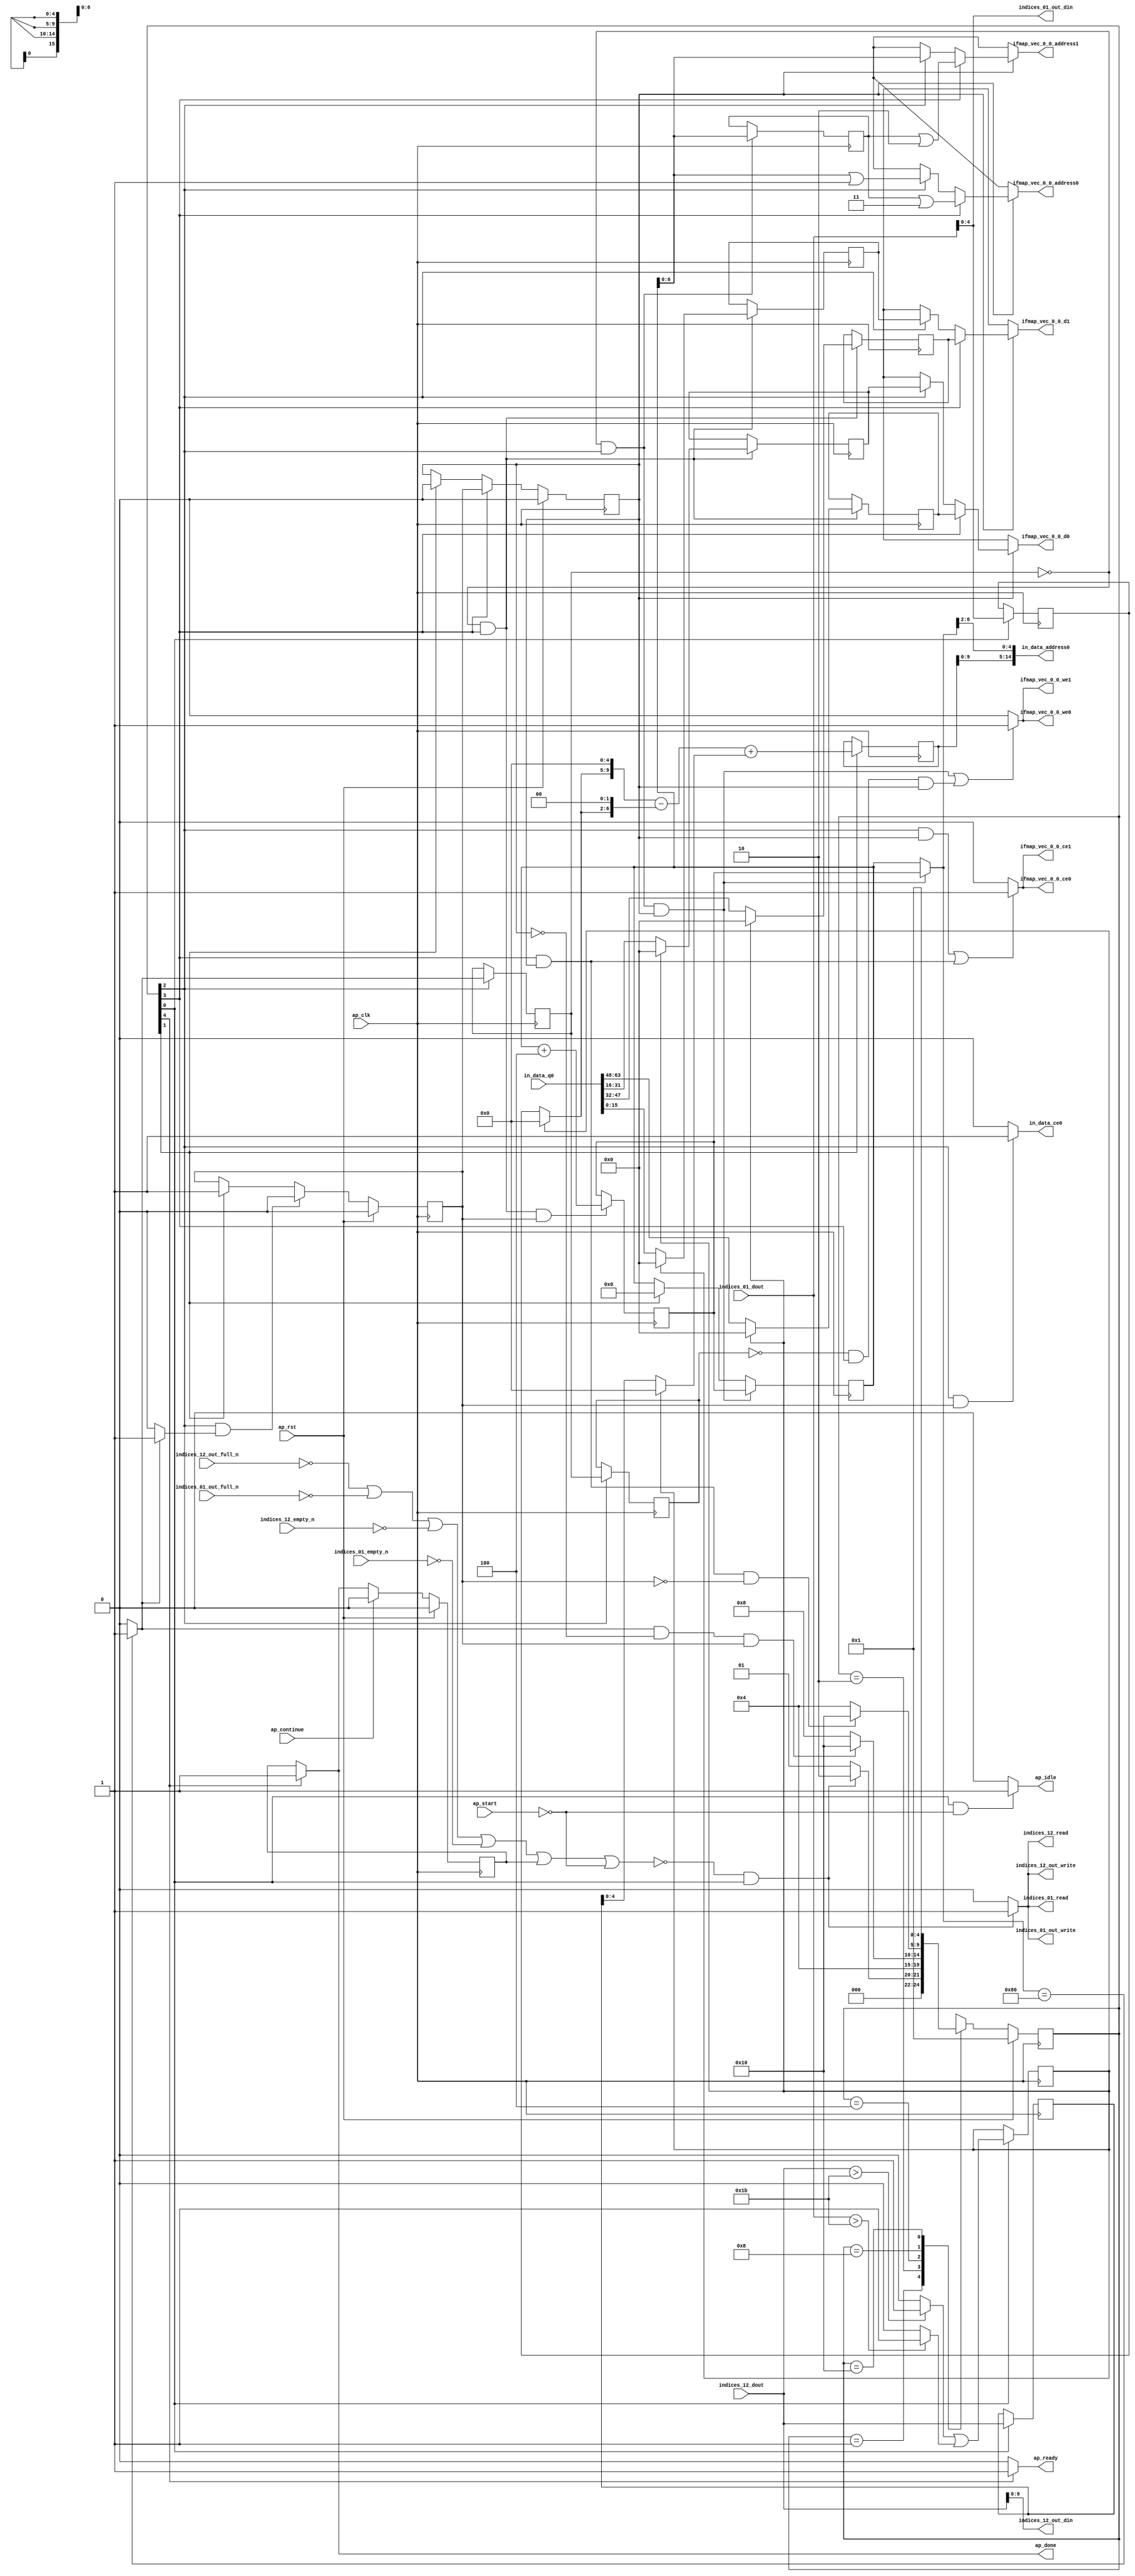
`define EXPONENT 5
`define MANTISSA 10
`define ACTUAL_MANTISSA 11
`define EXPONENT_LSB 10
`define EXPONENT_MSB 14
`define MANTISSA_LSB 0
`define MANTISSA_MSB 9
`define MANTISSA_MUL_SPLIT_LSB 3
`define MANTISSA_MUL_SPLIT_MSB 9
`define SIGN 1
`define SIGN_LOC 15
`define DWIDTH (`SIGN+`EXPONENT+`MANTISSA)
`define IEEE_COMPLIANCE 1

module td_fused_top_tdf6_readInputs (
        ap_clk,
        ap_rst,
        ap_start,
        ap_done,
        ap_continue,
        ap_idle,
        ap_ready,
        in_data_address0,
        in_data_ce0,
        in_data_q0,
        indices_01_dout,
        indices_01_empty_n,
        indices_01_read,
        indices_12_dout,
        indices_12_empty_n,
        indices_12_read,
        ifmap_vec_0_0_address0,
        ifmap_vec_0_0_ce0,
        ifmap_vec_0_0_we0,
        ifmap_vec_0_0_d0,
        ifmap_vec_0_0_address1,
        ifmap_vec_0_0_ce1,
        ifmap_vec_0_0_we1,
        ifmap_vec_0_0_d1,
        indices_01_out_din,
        indices_01_out_full_n,
        indices_01_out_write,
        indices_12_out_din,
        indices_12_out_full_n,
        indices_12_out_write
);

parameter    ap_ST_fsm_state1 = 5'd1;
parameter    ap_ST_fsm_state2 = 5'd2;
parameter    ap_ST_fsm_pp0_stage0 = 5'd4;
parameter    ap_ST_fsm_pp0_stage1 = 5'd8;
parameter    ap_ST_fsm_state7 = 5'd16;

input   ap_clk;
input   ap_rst;
input   ap_start;
output   ap_done;
input   ap_continue;
output   ap_idle;
output   ap_ready;
output  [14:0] in_data_address0;
output   in_data_ce0;
input  [63:0] in_data_q0;
input  [15:0] indices_01_dout;
input   indices_01_empty_n;
output   indices_01_read;
input  [15:0] indices_12_dout;
input   indices_12_empty_n;
output   indices_12_read;
output  [6:0] ifmap_vec_0_0_address0;
output   ifmap_vec_0_0_ce0;
output   ifmap_vec_0_0_we0;
output  [15:0] ifmap_vec_0_0_d0;
output  [6:0] ifmap_vec_0_0_address1;
output   ifmap_vec_0_0_ce1;
output   ifmap_vec_0_0_we1;
output  [15:0] ifmap_vec_0_0_d1;
output  [4:0] indices_01_out_din;
input   indices_01_out_full_n;
output   indices_01_out_write;
output  [9:0] indices_12_out_din;
input   indices_12_out_full_n;
output   indices_12_out_write;

reg ap_done;
reg ap_idle;
reg ap_ready;
reg in_data_ce0;
reg indices_01_read;
reg indices_12_read;
reg[6:0] ifmap_vec_0_0_address0;
reg ifmap_vec_0_0_ce0;
reg ifmap_vec_0_0_we0;
reg[15:0] ifmap_vec_0_0_d0;
reg[6:0] ifmap_vec_0_0_address1;
reg ifmap_vec_0_0_ce1;
reg ifmap_vec_0_0_we1;
reg[15:0] ifmap_vec_0_0_d1;
reg indices_01_out_write;
reg indices_12_out_write;

reg    ap_done_reg;
  reg   [4:0] ap_CS_fsm;
wire    ap_CS_fsm_state1;
reg    indices_01_blk_n;
reg    indices_12_blk_n;
reg    indices_01_out_blk_n;
reg    indices_12_out_blk_n;
reg   [7:0] kk_0_i_i_reg_180;
wire   [4:0] trunc_ln135_fu_192_p1;
reg   [4:0] trunc_ln135_reg_432;
reg   [15:0] col_coord_reg_437;
wire   [0:0] is_padding_fu_214_p2;
reg   [0:0] is_padding_reg_442;
wire   [11:0] add_ln32_fu_274_p2;
reg   [11:0] add_ln32_reg_452;
wire    ap_CS_fsm_state2;
wire   [0:0] icmp_ln25_fu_280_p2;
reg   [0:0] icmp_ln25_reg_457;
wire    ap_CS_fsm_pp0_stage0;
wire    ap_block_state3_pp0_stage0_iter0;
wire    ap_block_state5_pp0_stage0_iter1;
wire    ap_block_pp0_stage0_11001;
reg   [0:0] icmp_ln25_reg_457_pp0_iter1_reg;
wire   [7:0] add_ln25_fu_308_p2;
reg   [7:0] add_ln25_reg_466;
wire    ap_CS_fsm_pp0_stage1;
reg    ap_enable_reg_pp0_iter0;
wire    ap_block_state4_pp0_stage1_iter0;
wire    ap_block_state6_pp0_stage1_iter1;
wire    ap_block_pp0_stage1_11001;
wire   [15:0] select_ln33_fu_322_p3;
reg   [15:0] select_ln33_reg_471;
wire   [15:0] select_ln33_8_fu_343_p3;
reg   [15:0] select_ln33_8_reg_476;
wire   [15:0] select_ln33_9_fu_364_p3;
reg   [15:0] select_ln33_9_reg_481;
wire   [15:0] select_ln33_10_fu_385_p3;
reg   [15:0] select_ln33_10_reg_486;
wire   [6:0] empty_93_fu_392_p1;
reg   [6:0] empty_93_reg_491;
wire    ap_block_pp0_stage0_subdone;
reg    ap_condition_pp0_exit_iter0_state3;
reg    ap_enable_reg_pp0_iter1;
wire    ap_block_pp0_stage1_subdone;
reg   [7:0] ap_phi_mux_kk_0_i_i_phi_fu_184_p4;
wire    ap_block_pp0_stage0;
wire   [63:0] sext_ln32_fu_303_p1;
wire   [63:0] zext_ln32_fu_396_p1;
wire   [63:0] zext_ln32_8_fu_407_p1;
wire   [63:0] zext_ln32_9_fu_417_p1;
wire    ap_block_pp0_stage1;
wire   [63:0] zext_ln32_10_fu_427_p1;
reg    ap_block_state1;
wire   [0:0] cmp7_i_i_fu_202_p2;
wire   [0:0] icmp_ln24_fu_208_p2;
wire   [4:0] empty_91_fu_220_p1;
wire   [4:0] row_coord_int_fu_223_p3;
wire   [9:0] tmp_fu_236_p3;
wire   [6:0] tmp_s_fu_248_p3;
wire   [10:0] zext_ln32_19_fu_244_p1;
wire   [10:0] zext_ln32_20_fu_256_p1;
wire   [10:0] sub_ln32_fu_260_p2;
wire   [4:0] col_coord_int_fu_229_p3;
wire   [11:0] sub_ln32_cast_fu_266_p1;
wire   [11:0] zext_ln32_21_fu_270_p1;
wire   [4:0] lshr_ln_fu_286_p4;
wire   [16:0] tmp_31_fu_296_p3;
wire   [15:0] trunc_ln32_fu_314_p1;
wire   [15:0] bitcast_ln32_fu_318_p1;
wire   [15:0] tmp_114_i_i_fu_329_p4;
wire   [15:0] bitcast_ln32_4_fu_339_p1;
wire   [15:0] tmp_115_i_i_fu_350_p4;
wire   [15:0] bitcast_ln32_5_fu_360_p1;
wire   [15:0] tmp_116_i_i_fu_371_p4;
wire   [15:0] bitcast_ln32_6_fu_381_p1;
wire   [6:0] or_ln25_fu_401_p2;
wire   [6:0] or_ln25_3_fu_412_p2;
wire   [6:0] or_ln25_4_fu_422_p2;
wire    ap_CS_fsm_state7;
reg   [4:0] ap_NS_fsm;
reg    ap_idle_pp0;
wire    ap_enable_pp0;
wire    ap_ce_reg;

// power-on initialization
initial begin
#0 ap_done_reg = 1'b0;
#0 ap_CS_fsm = 5'd1;
#0 ap_enable_reg_pp0_iter0 = 1'b0;
#0 ap_enable_reg_pp0_iter1 = 1'b0;
end

always @ (posedge ap_clk) begin
    if (ap_rst == 1'b1) begin
        ap_CS_fsm <= ap_ST_fsm_state1;
    end else begin
        ap_CS_fsm <= ap_NS_fsm;
    end
end

always @ (posedge ap_clk) begin
    if (ap_rst == 1'b1) begin
        ap_done_reg <= 1'b0;
    end else begin
        if ((ap_continue == 1'b1)) begin
            ap_done_reg <= 1'b0;
        end else if ((1'b1 == ap_CS_fsm_state7)) begin
            ap_done_reg <= 1'b1;
        end
    end
end

always @ (posedge ap_clk) begin
    if (ap_rst == 1'b1) begin
        ap_enable_reg_pp0_iter0 <= 1'b0;
    end else begin
        if (((1'b0 == ap_block_pp0_stage0_subdone) & (1'b1 == ap_CS_fsm_pp0_stage0) & (1'b1 == ap_condition_pp0_exit_iter0_state3))) begin
            ap_enable_reg_pp0_iter0 <= 1'b0;
        end else if ((1'b1 == ap_CS_fsm_state2)) begin
            ap_enable_reg_pp0_iter0 <= 1'b1;
        end
    end
end

always @ (posedge ap_clk) begin
    if (ap_rst == 1'b1) begin
        ap_enable_reg_pp0_iter1 <= 1'b0;
    end else begin
        if (((1'b0 == ap_block_pp0_stage1_subdone) & (1'b1 == ap_CS_fsm_pp0_stage1))) begin
            ap_enable_reg_pp0_iter1 <= ap_enable_reg_pp0_iter0;
        end else if ((1'b1 == ap_CS_fsm_state2)) begin
            ap_enable_reg_pp0_iter1 <= 1'b0;
        end
    end
end

always @ (posedge ap_clk) begin
    if (((1'b0 == ap_block_pp0_stage0_11001) & (icmp_ln25_reg_457 == 1'd0) & (1'b1 == ap_CS_fsm_pp0_stage0) & (ap_enable_reg_pp0_iter1 == 1'b1))) begin
        kk_0_i_i_reg_180 <= add_ln25_reg_466;
    end else if ((1'b1 == ap_CS_fsm_state2)) begin
        kk_0_i_i_reg_180 <= 8'd0;
    end
end

always @ (posedge ap_clk) begin
    if (((1'b0 == ap_block_pp0_stage1_11001) & (icmp_ln25_reg_457 == 1'd0) & (1'b1 == ap_CS_fsm_pp0_stage1) & (ap_enable_reg_pp0_iter0 == 1'b1))) begin
        add_ln25_reg_466 <= add_ln25_fu_308_p2;
    end
end

always @ (posedge ap_clk) begin
    if ((1'b1 == ap_CS_fsm_state2)) begin
        add_ln32_reg_452 <= add_ln32_fu_274_p2;
    end
end

always @ (posedge ap_clk) begin
    if ((1'b1 == ap_CS_fsm_state1)) begin
        col_coord_reg_437 <= indices_12_dout;
        is_padding_reg_442 <= is_padding_fu_214_p2;
        trunc_ln135_reg_432 <= trunc_ln135_fu_192_p1;
    end
end

always @ (posedge ap_clk) begin
    if (((1'b0 == ap_block_pp0_stage0_11001) & (icmp_ln25_reg_457 == 1'd0) & (1'b1 == ap_CS_fsm_pp0_stage0))) begin
        empty_93_reg_491 <= empty_93_fu_392_p1;
    end
end

always @ (posedge ap_clk) begin
    if (((1'b0 == ap_block_pp0_stage0_11001) & (1'b1 == ap_CS_fsm_pp0_stage0))) begin
        icmp_ln25_reg_457 <= icmp_ln25_fu_280_p2;
        icmp_ln25_reg_457_pp0_iter1_reg <= icmp_ln25_reg_457;
    end
end

always @ (posedge ap_clk) begin
    if (((1'b0 == ap_block_pp0_stage1_11001) & (icmp_ln25_reg_457 == 1'd0) & (1'b1 == ap_CS_fsm_pp0_stage1))) begin
        select_ln33_10_reg_486 <= select_ln33_10_fu_385_p3;
        select_ln33_8_reg_476 <= select_ln33_8_fu_343_p3;
        select_ln33_9_reg_481 <= select_ln33_9_fu_364_p3;
        select_ln33_reg_471 <= select_ln33_fu_322_p3;
    end
end

always @ (*) begin
    if ((icmp_ln25_fu_280_p2 == 1'd1)) begin
        ap_condition_pp0_exit_iter0_state3 = 1'b1;
    end else begin
        ap_condition_pp0_exit_iter0_state3 = 1'b0;
    end
end

always @ (*) begin
    if ((1'b1 == ap_CS_fsm_state7)) begin
        ap_done = 1'b1;
    end else begin
        ap_done = ap_done_reg;
    end
end

always @ (*) begin
    if (((1'b1 == ap_CS_fsm_state1) & (ap_start == 1'b0))) begin
        ap_idle = 1'b1;
    end else begin
        ap_idle = 1'b0;
    end
end

always @ (*) begin
    if (((ap_enable_reg_pp0_iter1 == 1'b0) & (ap_enable_reg_pp0_iter0 == 1'b0))) begin
        ap_idle_pp0 = 1'b1;
    end else begin
        ap_idle_pp0 = 1'b0;
    end
end

always @ (*) begin
    if (((1'b0 == ap_block_pp0_stage0) & (icmp_ln25_reg_457 == 1'd0) & (1'b1 == ap_CS_fsm_pp0_stage0) & (ap_enable_reg_pp0_iter1 == 1'b1))) begin
        ap_phi_mux_kk_0_i_i_phi_fu_184_p4 = add_ln25_reg_466;
    end else begin
        ap_phi_mux_kk_0_i_i_phi_fu_184_p4 = kk_0_i_i_reg_180;
    end
end

always @ (*) begin
    if ((1'b1 == ap_CS_fsm_state7)) begin
        ap_ready = 1'b1;
    end else begin
        ap_ready = 1'b0;
    end
end

always @ (*) begin
    if ((ap_enable_reg_pp0_iter1 == 1'b1)) begin
        if (((1'b0 == ap_block_pp0_stage1) & (1'b1 == ap_CS_fsm_pp0_stage1))) begin
            ifmap_vec_0_0_address0 = zext_ln32_10_fu_427_p1;
        end else if (((1'b0 == ap_block_pp0_stage0) & (1'b1 == ap_CS_fsm_pp0_stage0))) begin
            ifmap_vec_0_0_address0 = zext_ln32_8_fu_407_p1;
        end else begin
            ifmap_vec_0_0_address0 = 'bx;
        end
    end else begin
        ifmap_vec_0_0_address0 = 'bx;
    end
end

always @ (*) begin
    if ((ap_enable_reg_pp0_iter1 == 1'b1)) begin
        if (((1'b0 == ap_block_pp0_stage1) & (1'b1 == ap_CS_fsm_pp0_stage1))) begin
            ifmap_vec_0_0_address1 = zext_ln32_9_fu_417_p1;
        end else if (((1'b0 == ap_block_pp0_stage0) & (1'b1 == ap_CS_fsm_pp0_stage0))) begin
            ifmap_vec_0_0_address1 = zext_ln32_fu_396_p1;
        end else begin
            ifmap_vec_0_0_address1 = 'bx;
        end
    end else begin
        ifmap_vec_0_0_address1 = 'bx;
    end
end

always @ (*) begin
    if ((((1'b0 == ap_block_pp0_stage0_11001) & (1'b1 == ap_CS_fsm_pp0_stage0) & (ap_enable_reg_pp0_iter1 == 1'b1)) | ((1'b0 == ap_block_pp0_stage1_11001) & (1'b1 == ap_CS_fsm_pp0_stage1) & (ap_enable_reg_pp0_iter1 == 1'b1)))) begin
        ifmap_vec_0_0_ce0 = 1'b1;
    end else begin
        ifmap_vec_0_0_ce0 = 1'b0;
    end
end

always @ (*) begin
    if ((((1'b0 == ap_block_pp0_stage0_11001) & (1'b1 == ap_CS_fsm_pp0_stage0) & (ap_enable_reg_pp0_iter1 == 1'b1)) | ((1'b0 == ap_block_pp0_stage1_11001) & (1'b1 == ap_CS_fsm_pp0_stage1) & (ap_enable_reg_pp0_iter1 == 1'b1)))) begin
        ifmap_vec_0_0_ce1 = 1'b1;
    end else begin
        ifmap_vec_0_0_ce1 = 1'b0;
    end
end

always @ (*) begin
    if ((ap_enable_reg_pp0_iter1 == 1'b1)) begin
        if (((1'b0 == ap_block_pp0_stage1) & (1'b1 == ap_CS_fsm_pp0_stage1))) begin
            ifmap_vec_0_0_d0 = select_ln33_10_reg_486;
        end else if (((1'b0 == ap_block_pp0_stage0) & (1'b1 == ap_CS_fsm_pp0_stage0))) begin
            ifmap_vec_0_0_d0 = select_ln33_8_reg_476;
        end else begin
            ifmap_vec_0_0_d0 = 'bx;
        end
    end else begin
        ifmap_vec_0_0_d0 = 'bx;
    end
end

always @ (*) begin
    if ((ap_enable_reg_pp0_iter1 == 1'b1)) begin
        if (((1'b0 == ap_block_pp0_stage1) & (1'b1 == ap_CS_fsm_pp0_stage1))) begin
            ifmap_vec_0_0_d1 = select_ln33_9_reg_481;
        end else if (((1'b0 == ap_block_pp0_stage0) & (1'b1 == ap_CS_fsm_pp0_stage0))) begin
            ifmap_vec_0_0_d1 = select_ln33_reg_471;
        end else begin
            ifmap_vec_0_0_d1 = 'bx;
        end
    end else begin
        ifmap_vec_0_0_d1 = 'bx;
    end
end

always @ (*) begin
    if ((((1'b0 == ap_block_pp0_stage0_11001) & (icmp_ln25_reg_457 == 1'd0) & (1'b1 == ap_CS_fsm_pp0_stage0) & (ap_enable_reg_pp0_iter1 == 1'b1)) | ((icmp_ln25_reg_457_pp0_iter1_reg == 1'd0) & (1'b0 == ap_block_pp0_stage1_11001) & (1'b1 == ap_CS_fsm_pp0_stage1) & (ap_enable_reg_pp0_iter1 == 1'b1)))) begin
        ifmap_vec_0_0_we0 = 1'b1;
    end else begin
        ifmap_vec_0_0_we0 = 1'b0;
    end
end

always @ (*) begin
    if ((((1'b0 == ap_block_pp0_stage0_11001) & (icmp_ln25_reg_457 == 1'd0) & (1'b1 == ap_CS_fsm_pp0_stage0) & (ap_enable_reg_pp0_iter1 == 1'b1)) | ((icmp_ln25_reg_457_pp0_iter1_reg == 1'd0) & (1'b0 == ap_block_pp0_stage1_11001) & (1'b1 == ap_CS_fsm_pp0_stage1) & (ap_enable_reg_pp0_iter1 == 1'b1)))) begin
        ifmap_vec_0_0_we1 = 1'b1;
    end else begin
        ifmap_vec_0_0_we1 = 1'b0;
    end
end

always @ (*) begin
    if (((1'b0 == ap_block_pp0_stage0_11001) & (1'b1 == ap_CS_fsm_pp0_stage0) & (ap_enable_reg_pp0_iter0 == 1'b1))) begin
        in_data_ce0 = 1'b1;
    end else begin
        in_data_ce0 = 1'b0;
    end
end

always @ (*) begin
    if ((~((ap_done_reg == 1'b1) | (ap_start == 1'b0)) & (1'b1 == ap_CS_fsm_state1))) begin
        indices_01_blk_n = indices_01_empty_n;
    end else begin
        indices_01_blk_n = 1'b1;
    end
end

always @ (*) begin
    if ((~((ap_done_reg == 1'b1) | (ap_start == 1'b0)) & (1'b1 == ap_CS_fsm_state1))) begin
        indices_01_out_blk_n = indices_01_out_full_n;
    end else begin
        indices_01_out_blk_n = 1'b1;
    end
end

always @ (*) begin
    if ((~((indices_12_out_full_n == 1'b0) | (indices_01_out_full_n == 1'b0) | (indices_12_empty_n == 1'b0) | (indices_01_empty_n == 1'b0) | (ap_done_reg == 1'b1) | (ap_start == 1'b0)) & (1'b1 == ap_CS_fsm_state1))) begin
        indices_01_out_write = 1'b1;
    end else begin
        indices_01_out_write = 1'b0;
    end
end

always @ (*) begin
    if ((~((indices_12_out_full_n == 1'b0) | (indices_01_out_full_n == 1'b0) | (indices_12_empty_n == 1'b0) | (indices_01_empty_n == 1'b0) | (ap_done_reg == 1'b1) | (ap_start == 1'b0)) & (1'b1 == ap_CS_fsm_state1))) begin
        indices_01_read = 1'b1;
    end else begin
        indices_01_read = 1'b0;
    end
end

always @ (*) begin
    if ((~((ap_done_reg == 1'b1) | (ap_start == 1'b0)) & (1'b1 == ap_CS_fsm_state1))) begin
        indices_12_blk_n = indices_12_empty_n;
    end else begin
        indices_12_blk_n = 1'b1;
    end
end

always @ (*) begin
    if ((~((ap_done_reg == 1'b1) | (ap_start == 1'b0)) & (1'b1 == ap_CS_fsm_state1))) begin
        indices_12_out_blk_n = indices_12_out_full_n;
    end else begin
        indices_12_out_blk_n = 1'b1;
    end
end

always @ (*) begin
    if ((~((indices_12_out_full_n == 1'b0) | (indices_01_out_full_n == 1'b0) | (indices_12_empty_n == 1'b0) | (indices_01_empty_n == 1'b0) | (ap_done_reg == 1'b1) | (ap_start == 1'b0)) & (1'b1 == ap_CS_fsm_state1))) begin
        indices_12_out_write = 1'b1;
    end else begin
        indices_12_out_write = 1'b0;
    end
end

always @ (*) begin
    if ((~((indices_12_out_full_n == 1'b0) | (indices_01_out_full_n == 1'b0) | (indices_12_empty_n == 1'b0) | (indices_01_empty_n == 1'b0) | (ap_done_reg == 1'b1) | (ap_start == 1'b0)) & (1'b1 == ap_CS_fsm_state1))) begin
        indices_12_read = 1'b1;
    end else begin
        indices_12_read = 1'b0;
    end
end

always @ (*) begin
    case (ap_CS_fsm)
        ap_ST_fsm_state1 : begin
            if ((~((indices_12_out_full_n == 1'b0) | (indices_01_out_full_n == 1'b0) | (indices_12_empty_n == 1'b0) | (indices_01_empty_n == 1'b0) | (ap_done_reg == 1'b1) | (ap_start == 1'b0)) & (1'b1 == ap_CS_fsm_state1))) begin
                ap_NS_fsm = ap_ST_fsm_state2;
            end else begin
                ap_NS_fsm = ap_ST_fsm_state1;
            end
        end
        ap_ST_fsm_state2 : begin
            ap_NS_fsm = ap_ST_fsm_pp0_stage0;
        end
        ap_ST_fsm_pp0_stage0 : begin
            if ((~((1'b0 == ap_block_pp0_stage0_subdone) & (icmp_ln25_fu_280_p2 == 1'd1) & (ap_enable_reg_pp0_iter1 == 1'b0) & (ap_enable_reg_pp0_iter0 == 1'b1)) & (1'b0 == ap_block_pp0_stage0_subdone))) begin
                ap_NS_fsm = ap_ST_fsm_pp0_stage1;
            end else if (((1'b0 == ap_block_pp0_stage0_subdone) & (icmp_ln25_fu_280_p2 == 1'd1) & (ap_enable_reg_pp0_iter1 == 1'b0) & (ap_enable_reg_pp0_iter0 == 1'b1))) begin
                ap_NS_fsm = ap_ST_fsm_state7;
            end else begin
                ap_NS_fsm = ap_ST_fsm_pp0_stage0;
            end
        end
        ap_ST_fsm_pp0_stage1 : begin
            if ((~((1'b0 == ap_block_pp0_stage1_subdone) & (1'b1 == ap_CS_fsm_pp0_stage1) & (ap_enable_reg_pp0_iter1 == 1'b1) & (ap_enable_reg_pp0_iter0 == 1'b0)) & (1'b0 == ap_block_pp0_stage1_subdone))) begin
                ap_NS_fsm = ap_ST_fsm_pp0_stage0;
            end else if (((1'b0 == ap_block_pp0_stage1_subdone) & (1'b1 == ap_CS_fsm_pp0_stage1) & (ap_enable_reg_pp0_iter1 == 1'b1) & (ap_enable_reg_pp0_iter0 == 1'b0))) begin
                ap_NS_fsm = ap_ST_fsm_state7;
            end else begin
                ap_NS_fsm = ap_ST_fsm_pp0_stage1;
            end
        end
        ap_ST_fsm_state7 : begin
            ap_NS_fsm = ap_ST_fsm_state1;
        end
        default : begin
            ap_NS_fsm = 'bx;
        end
    endcase
end

assign add_ln25_fu_308_p2 = (kk_0_i_i_reg_180 + 8'd4);

assign add_ln32_fu_274_p2 = ((sub_ln32_cast_fu_266_p1) + (zext_ln32_21_fu_270_p1));

assign ap_CS_fsm_pp0_stage0 = ap_CS_fsm[32'd2];

assign ap_CS_fsm_pp0_stage1 = ap_CS_fsm[32'd3];

assign ap_CS_fsm_state1 = ap_CS_fsm[32'd0];

assign ap_CS_fsm_state2 = ap_CS_fsm[32'd1];

assign ap_CS_fsm_state7 = ap_CS_fsm[32'd4];

assign ap_block_pp0_stage0 = ~(1'b1 == 1'b1);

assign ap_block_pp0_stage0_11001 = ~(1'b1 == 1'b1);

assign ap_block_pp0_stage0_subdone = ~(1'b1 == 1'b1);

assign ap_block_pp0_stage1 = ~(1'b1 == 1'b1);

assign ap_block_pp0_stage1_11001 = ~(1'b1 == 1'b1);

assign ap_block_pp0_stage1_subdone = ~(1'b1 == 1'b1);

always @ (*) begin
    ap_block_state1 = ((indices_12_out_full_n == 1'b0) | (indices_01_out_full_n == 1'b0) | (indices_12_empty_n == 1'b0) | (indices_01_empty_n == 1'b0) | (ap_done_reg == 1'b1) | (ap_start == 1'b0));
end

assign ap_block_state3_pp0_stage0_iter0 = ~(1'b1 == 1'b1);

assign ap_block_state4_pp0_stage1_iter0 = ~(1'b1 == 1'b1);

assign ap_block_state5_pp0_stage0_iter1 = ~(1'b1 == 1'b1);

assign ap_block_state6_pp0_stage1_iter1 = ~(1'b1 == 1'b1);

assign ap_enable_pp0 = (ap_idle_pp0 ^ 1'b1);

assign bitcast_ln32_4_fu_339_p1 = tmp_114_i_i_fu_329_p4;

assign bitcast_ln32_5_fu_360_p1 = tmp_115_i_i_fu_350_p4;

assign bitcast_ln32_6_fu_381_p1 = tmp_116_i_i_fu_371_p4;

assign bitcast_ln32_fu_318_p1 = trunc_ln32_fu_314_p1;

assign cmp7_i_i_fu_202_p2 = ((indices_01_dout > 16'd27) ? 1'b1 : 1'b0);

assign col_coord_int_fu_229_p3 = ((is_padding_reg_442[0:0] == 1'b1) ? 5'd0 : empty_91_fu_220_p1);

assign empty_91_fu_220_p1 = col_coord_reg_437[4:0];

assign empty_93_fu_392_p1 = kk_0_i_i_reg_180[6:0];

assign icmp_ln24_fu_208_p2 = ((indices_12_dout > 16'd27) ? 1'b1 : 1'b0);

assign icmp_ln25_fu_280_p2 = ((ap_phi_mux_kk_0_i_i_phi_fu_184_p4 == 8'd128) ? 1'b1 : 1'b0);

assign in_data_address0 = sext_ln32_fu_303_p1;

assign indices_01_out_din = indices_01_dout[4:0];

assign indices_12_out_din = indices_12_dout[9:0];

assign is_padding_fu_214_p2 = (icmp_ln24_fu_208_p2 | cmp7_i_i_fu_202_p2);

assign lshr_ln_fu_286_p4 = {{ap_phi_mux_kk_0_i_i_phi_fu_184_p4[6:2]}};

assign or_ln25_3_fu_412_p2 = (empty_93_reg_491 | 7'd2);

assign or_ln25_4_fu_422_p2 = (empty_93_reg_491 | 7'd3);

assign or_ln25_fu_401_p2 = (empty_93_fu_392_p1 | 7'd1);

assign row_coord_int_fu_223_p3 = ((is_padding_reg_442[0:0] == 1'b1) ? 5'd0 : trunc_ln135_reg_432);

assign select_ln33_10_fu_385_p3 = ((is_padding_reg_442[0:0] == 1'b1) ? 16'd0 : bitcast_ln32_6_fu_381_p1);

assign select_ln33_8_fu_343_p3 = ((is_padding_reg_442[0:0] == 1'b1) ? 16'd0 : bitcast_ln32_4_fu_339_p1);

assign select_ln33_9_fu_364_p3 = ((is_padding_reg_442[0:0] == 1'b1) ? 16'd0 : bitcast_ln32_5_fu_360_p1);

assign select_ln33_fu_322_p3 = ((is_padding_reg_442[0:0] == 1'b1) ? 16'd0 : bitcast_ln32_fu_318_p1);

assign sext_ln32_fu_303_p1 = (tmp_31_fu_296_p3);

assign sub_ln32_cast_fu_266_p1 = (sub_ln32_fu_260_p2);

assign sub_ln32_fu_260_p2 = (zext_ln32_19_fu_244_p1 - zext_ln32_20_fu_256_p1);

assign tmp_114_i_i_fu_329_p4 = {{in_data_q0[31:16]}};

assign tmp_115_i_i_fu_350_p4 = {{in_data_q0[47:32]}};

assign tmp_116_i_i_fu_371_p4 = {{in_data_q0[63:48]}};

assign tmp_31_fu_296_p3 = {{add_ln32_reg_452}, {lshr_ln_fu_286_p4}};

assign tmp_fu_236_p3 = {{row_coord_int_fu_223_p3}, {5'd0}};

assign tmp_s_fu_248_p3 = {{row_coord_int_fu_223_p3}, {2'd0}};

assign trunc_ln135_fu_192_p1 = indices_01_dout[4:0];

assign trunc_ln32_fu_314_p1 = in_data_q0[15:0];

assign zext_ln32_10_fu_427_p1 = or_ln25_4_fu_422_p2;

assign zext_ln32_19_fu_244_p1 = tmp_fu_236_p3;

assign zext_ln32_20_fu_256_p1 = tmp_s_fu_248_p3;

assign zext_ln32_21_fu_270_p1 = col_coord_int_fu_229_p3;

assign zext_ln32_8_fu_407_p1 = or_ln25_fu_401_p2;

assign zext_ln32_9_fu_417_p1 = or_ln25_3_fu_412_p2;

assign zext_ln32_fu_396_p1 = kk_0_i_i_reg_180;

endmodule //td_fused_top_tdf6_readInputs